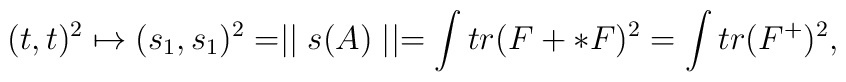
(t,t)^{2} \mapsto (s_{1},s_{1})^{2} = \mid\mid s(A)\mid\mid =  \int tr( F + * F)^{2} = \int tr(F^{+})^{2},